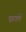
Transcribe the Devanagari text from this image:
छानलें